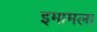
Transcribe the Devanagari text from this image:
इमामला